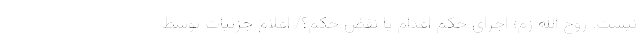
نیست. روح الله زم؛ اجرای حکم اعدام یا نقض حکم؟/ اعلام جزئیات توسط